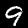
Digit: 9